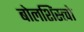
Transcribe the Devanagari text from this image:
बोलशिंस्त्वो